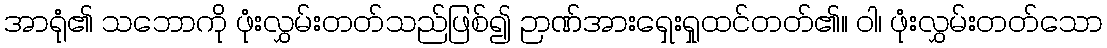
အာရုံ၏ သဘောကို ဖုံးလွှမ်းတတ်သည်ဖြစ်၍ ဉာဏ်အားရှေးရှုထင်တတ်၏။ ဝါ၊ ဖုံးလွှမ်းတတ်သော